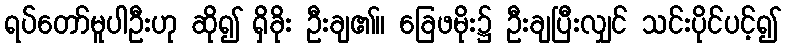
ရပ်တော်မူပါဦးဟု ဆို၍ ရှိခိုး ဦးချ၏။ ခြေဖမိုး၌ ဦးချပြီးလျှင် သင်းပိုင်ပင့်၍